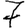
Digit: 7